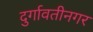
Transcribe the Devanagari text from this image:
दुर्गावतीनगर